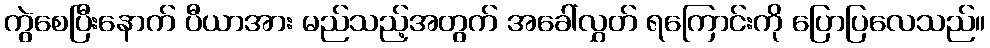
ကွဲစေပြီးနောက် ပီယာအား မည်သည့်အတွက် အခေါ်လွှတ် ရကြောင်းကို ပြောပြလေသည်။